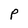
Character: P